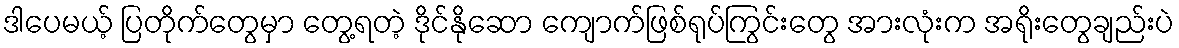
ဒါပေမယ့် ပြတိုက်တွေမှာ တွေ့ရတဲ့ ဒိုင်နိုဆော ကျောက်ဖြစ်ရုပ်ကြွင်းတွေ အားလုံးက အရိုးတွေချည်းပဲ